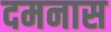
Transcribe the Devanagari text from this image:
दमनास